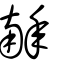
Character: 𢆥